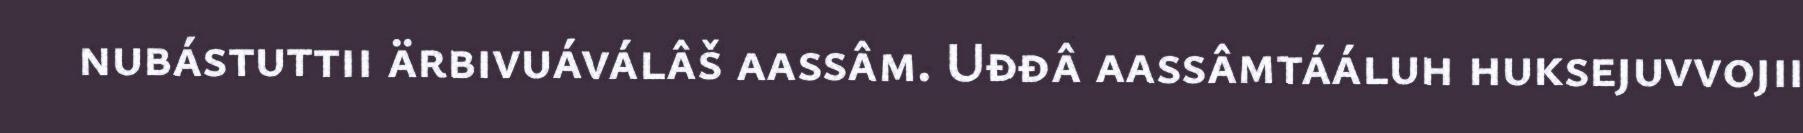
nubástuttii ärbivuáválâš aassâm. Uđđâ aassâmtááluh huksejuvvojii